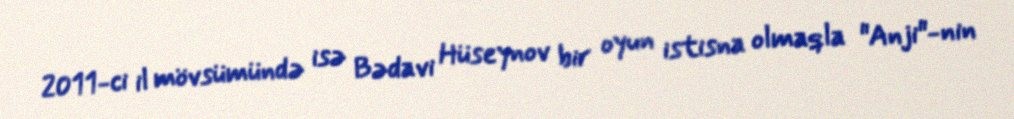
2011-ci il mövsümündə isə Bədavi Hüseynov bir oyun istisna olmaqla "Anji"-nin